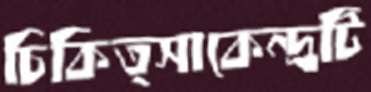
চিকিত্সাকেন্দ্রটি